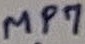
Text: MP7